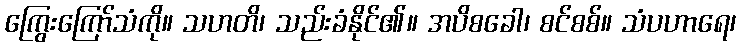
ကြွေးကြော်သံကို။ သဟတိ၊ သည်းခံနိုင်၏။ အပိစခေါ၊ စင်စစ်။ သံပဟာရေ၊